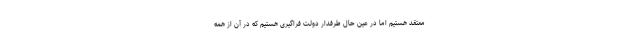
معتقد هستیم اما در عین حال طرفدار دولت فراگیری هستیم که در آن از همه